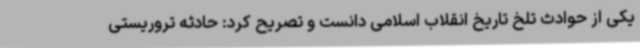
یکی از حوادث تلخ تاریخ انقلاب اسلامی دانست و تصریح کرد: حادثه تروریستی